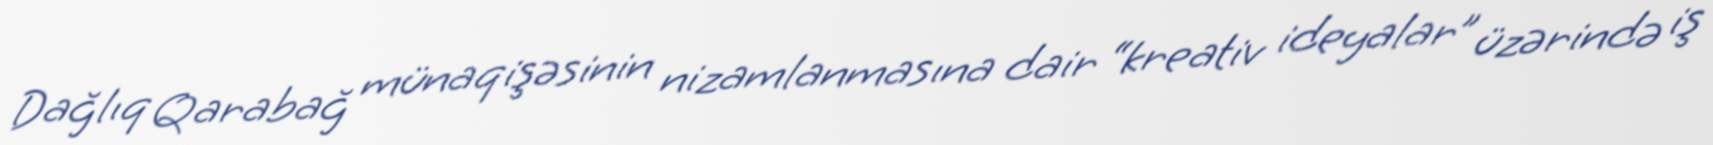
Dağlıq Qarabağ münaqişəsinin nizamlanmasına dair “kreativ ideyalar” üzərində iş